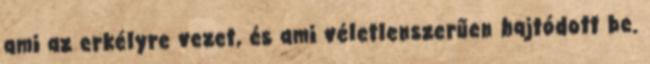
ami az erkélyre vezet, és ami véletlenszerűen hajtódott be.